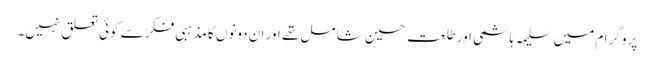
پروگرام میں سلیمہ ہاشمی اور طلعت حسین شامل تھے اور ان دونوں کا مذہبی فکر سے کوئی تعلق نہیں۔